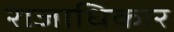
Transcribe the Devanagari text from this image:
राजाधिकार